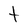
Character: t